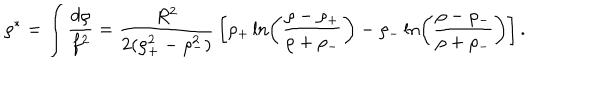
\rho ^ { * } = \int { \frac { d \rho } { f ^ { 2 } } } = { \frac { R ^ { 2 } } { 2 ( \rho _ { + } ^ { 2 } - \rho _ { - } ^ { 2 } ) } } \left[ \rho _ { + } \ln \left( { \frac { \rho - \rho _ { + } } { \rho + \rho _ { - } } } \right) - \rho _ { - } \ln \left( { \frac { \rho - \rho _ { - } } { \rho + \rho _ { - } } } \right) \right] .